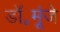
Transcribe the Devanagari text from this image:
डॉ॰मूंजे